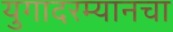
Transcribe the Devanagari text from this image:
युगादरम्यानचा